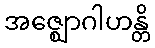
အဇ္ဈောဂါဟန္တိ